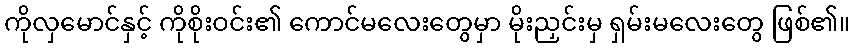
ကိုလှမောင်နှင့် ကိုစိုးဝင်း၏ ကောင်မလေးတွေမှာ မိုးညှင်းမှ ရှမ်းမလေးတွေ ဖြစ်၏။